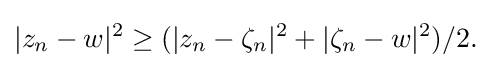
\displaystyle {|z_{n}-w|^{2}\geq (|z_{n}-\zeta _{n}|^{2}+|\zeta _{n}-w|^{2})/2.}